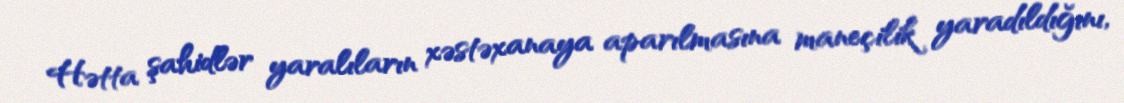
Hətta şahidlər yaralıların xəstəxanaya aparılmasına maneçilik yaradıldığını,